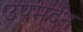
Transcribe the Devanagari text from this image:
उपमर्दन